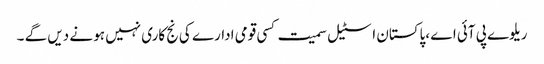
ریلوے پی آئی اے ،پاکستان اسٹیل سمیت کسی قومی ادارے کی نج کاری نہیں ہو نے دیں گے ۔